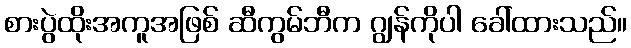
စားပွဲထိုးအကူအဖြစ် ဆီကွမ်ဘီက ဂျွန်ကိုပါ ခေါ်ထားသည်။